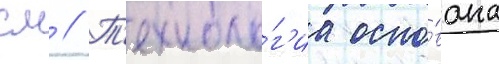
см // Т'ехноло́г'иа осно́вана